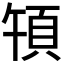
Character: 𩑤